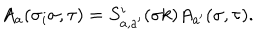
LaTeX: A _ { a } ( \sigma _ { i } \sigma , \tau ) = S _ { a , a ^ { \prime } } ^ { i } ( \sigma k ) A _ { a ^ { \prime } } ( \sigma , \tau ) .